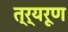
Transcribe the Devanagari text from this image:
त्र्यरूण